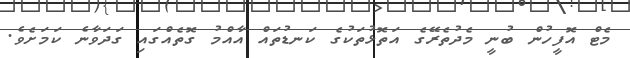
މެޓް އޮފީހުން ބުނީ މެދުތެރޭގެ އަތޮޅުތަކުގެ ކަނޑުތައް އާއްމު ގޮތެއްގައި ގަދަވާނެ ކަމަށެވެ.